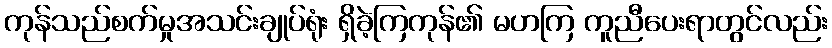
ကုန်သည်စက်မှုအသင်းချုပ်ရုံး ရှိခဲ့ကြကုန်၏ မဟကြ ကူညီပေးရာတွင်လည်း